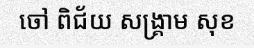
ចៅ ពិជ័យ សង្គ្រាម សុខ